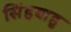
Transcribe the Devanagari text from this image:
सिंहबाहु